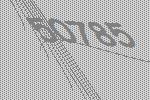
50785